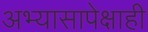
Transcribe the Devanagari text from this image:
अभ्यासापेक्षाही